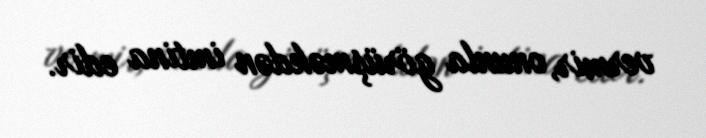
vermir, onunla görüşməkdən imtina edir.